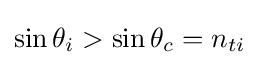
\sin \theta _{i}>\sin \theta _{c}=n_{ti}